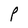
Character: P